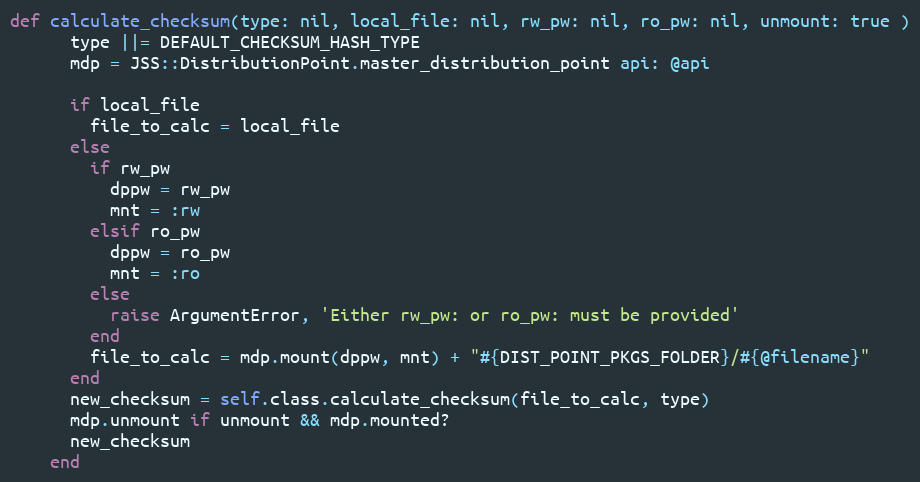
Language: Ruby
def calculate_checksum(type: nil, local_file: nil, rw_pw: nil, ro_pw: nil, unmount: true )
      type ||= DEFAULT_CHECKSUM_HASH_TYPE
      mdp = JSS::DistributionPoint.master_distribution_point api: @api

      if local_file
        file_to_calc = local_file
      else
        if rw_pw
          dppw = rw_pw
          mnt = :rw
        elsif ro_pw
          dppw = ro_pw
          mnt = :ro
        else
          raise ArgumentError, 'Either rw_pw: or ro_pw: must be provided'
        end
        file_to_calc = mdp.mount(dppw, mnt) + "#{DIST_POINT_PKGS_FOLDER}/#{@filename}"
      end
      new_checksum = self.class.calculate_checksum(file_to_calc, type)
      mdp.unmount if unmount && mdp.mounted?
      new_checksum
    end